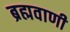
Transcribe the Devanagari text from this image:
ब्रह्मवाणी